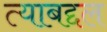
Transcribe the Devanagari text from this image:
त्‍याबद्दल